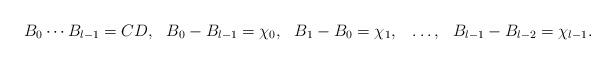
LaTeX: \begin{align*} B_0\cdots B_{l-1} &= CD, & B_0-B_{l-1} &= \chi_0,& B_1-B_0 &=\chi_1,& &\ldots, & B_{l-1}-B_{l-2}&=\chi_{l-1}. \end{align*}